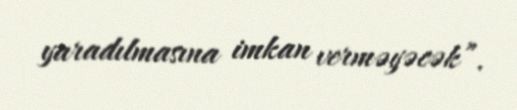
yaradılmasına imkan verməyəcək”.